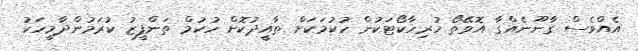
އެއްވެސް ގާނޫނެއްގާ އޮވޭތޯ ހުރިހާކޯޓަކުން ހުކުމަކަށް ތާއީދުކޮށް ހުކުމް ތަންފީޒު ކުރަމުންދާމީހަކު